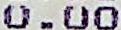
0.00